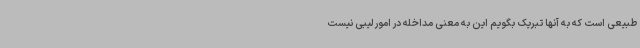
طبیعی است که به آنها تبریک بگویم این به معنی مداخله در امور لیبی نیست